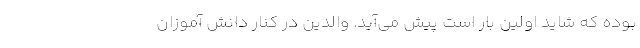
بوده که شاید اولین بار است پیش می‌آید. والدین در کنار دانش آموزان